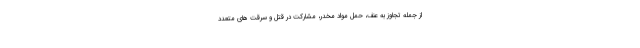
از جمله تجاوز به عنف، حمل مواد مخدر، مشارکت در قتل و سرقت های متعدد